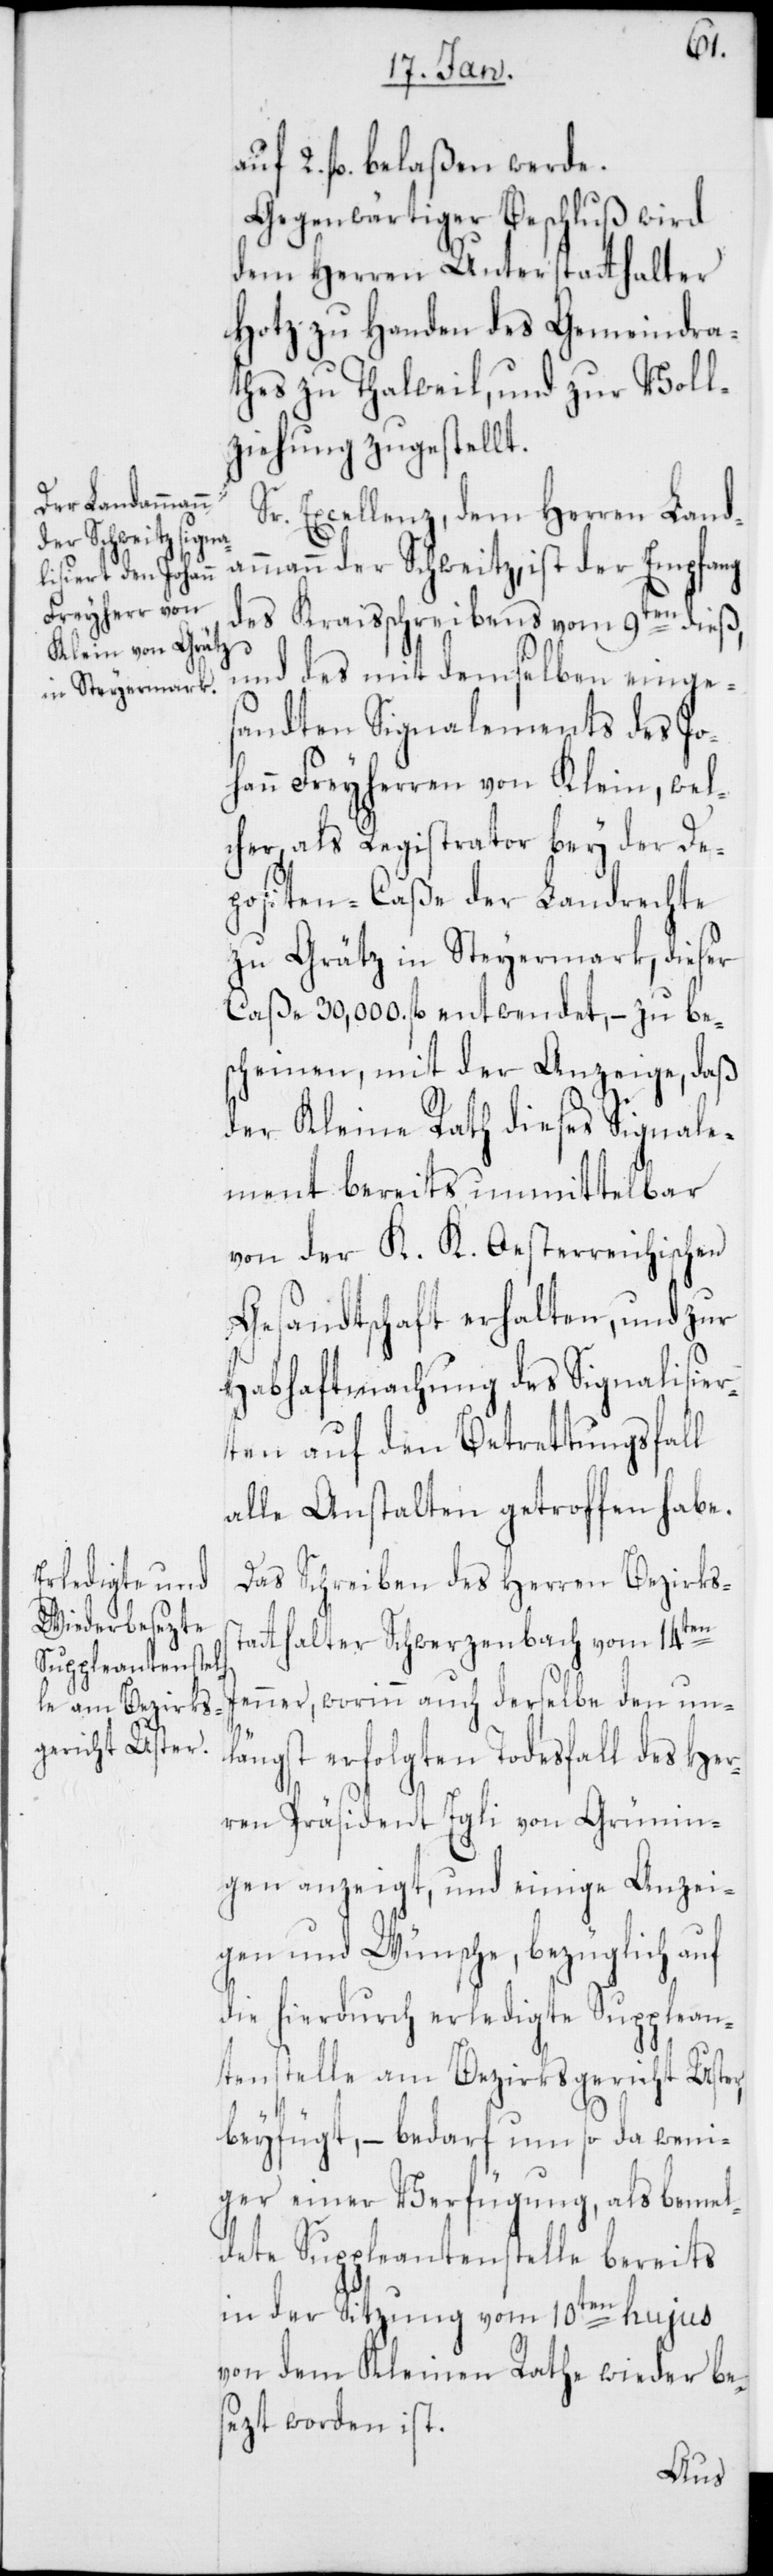
auf 2. fl. belaßen werde.
Gegenwärtiger Beschluß wird
dem Herren Unterstatthalter
Hotz zu Handen des Gemeindra¬
thes zu Thalweil und zur Voll¬
ziehung zugestellt.
Sr. Excellenz, dem Herren Land¬
ammann der Schweitz, ist der Empfang
des Kraisschreibens vom 9ten dieß,
und des mit demselben einge¬
sandten Signalements des Jo¬
hann Freyherren von Klein, wel¬
cher, als Registrator bey der De¬
positen-Caße der Landrechte
zu Grätz in Steyermark, dieser
Casse 30'000. fl. entwendet, – zu be¬
scheinen, mit der Anzeige, daß
der Kleine Rath dieses Signale¬
ment bereits unmittelbar
von der K. K. Oesterreichischen
Gesandtschaft erhalten, und zur
Habhaftmachung des Signalisier¬
ten auf den Betrettungsfall
alle Anstalten getroffen habe.
Das Schreiben des Herren Bezirkss¬
tatthalter Schwerzenbach vom 14ten
Jenner, worinn auch derselbe den un¬
längst erfolgten Todesfall des Her¬
ren Präsident Egli von Grünin¬
gen anzeigt, und einige Anzei¬
gen und Wünsche, bezüglich auf
die hierdurch erledigte Supplean¬
tenstelle am Bezirksgericht Uster,
beyfügt, – bedarf um so da weni¬
ger einer Verfügung, als bemel¬
dete Suppleantenstelle bereits
in der Sitzung vom 10ten hujus
von dem Kleinen Rathe wieder be¬
sezt worden ist.